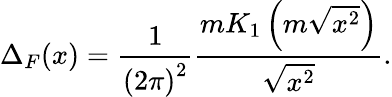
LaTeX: \Delta_{F}(x)=\frac{1}{{(2\pi)}^{2}}\frac{mK_{1}\left(m\sqrt{x^{2}}\right)}{\sqrt{x^{2}}}.